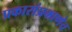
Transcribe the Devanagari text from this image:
प्रकारांप्रमाणेच